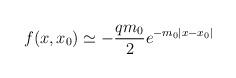
LaTeX: \begin{align*}f(x,x_0) \simeq - \frac{qm_0}{2} e^{-m_0|x-x_0|}\end{align*}